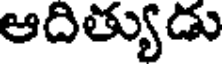
ఆదిత్యుడు